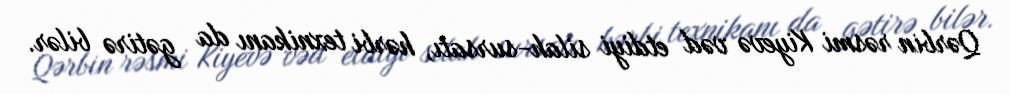
Qərbin rəsmi Kiyevə vəd etdiyi silah-sursatı, hərbi texnikanı da gətirə bilər.